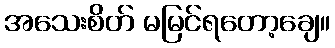
အသေးစိတ် မမြင်ရတော့ချေ။